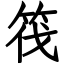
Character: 筏